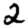
Digit: 2